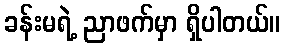
ခန်းမရဲ့ ညာဖက်မှာ ရှိပါတယ်။